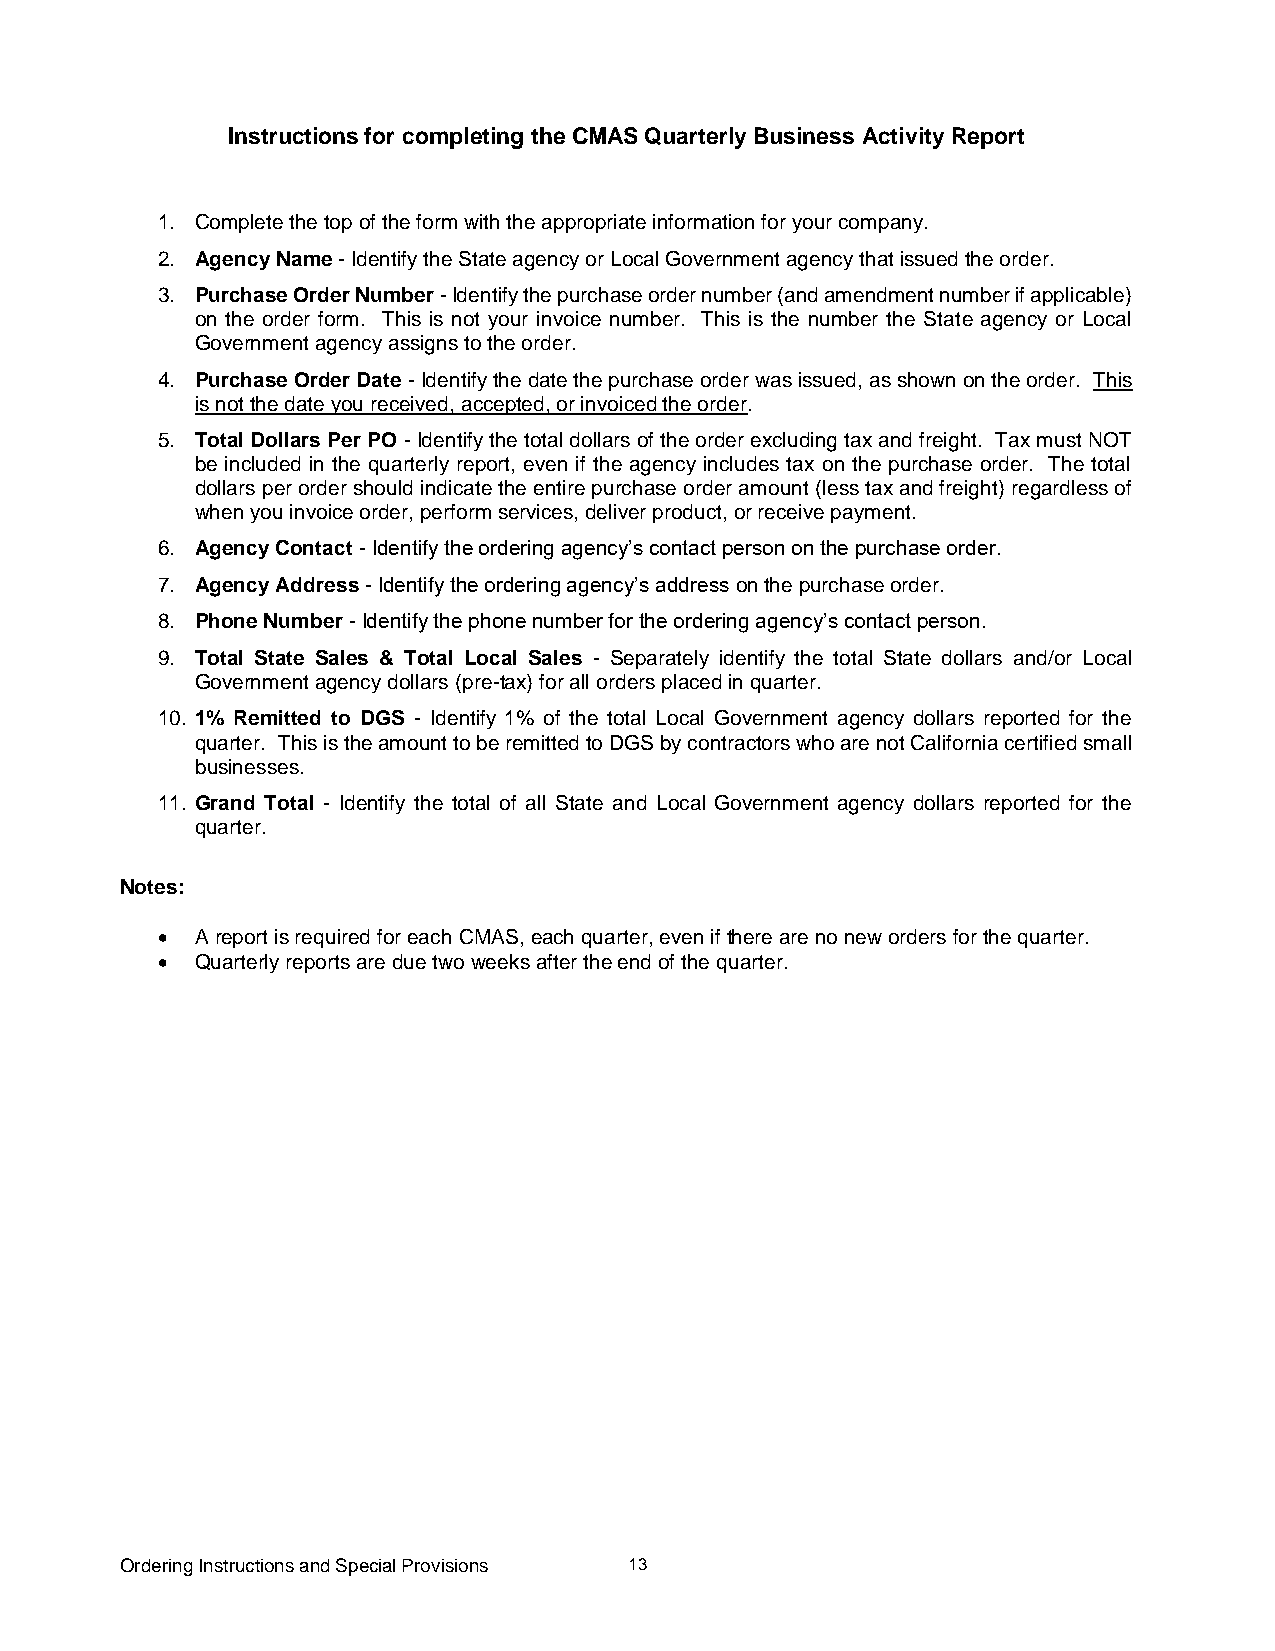
Instructions for completing the CMAS Quarterly Business Activity Report
 1. Complete the top of the form with the appropriate information for your company.
 2. Agency Name - Identify the State agency or Local Government agency that issued the order.
 3. Purchase Order Number - Identify the purchase order number (and amendment number if applicable)
 on the order form. This is not your invoice number. This is the number the State agency or Local
 Government agency assigns to the order.
 4. Purchase Order Date - Identify the date the purchase order was issued, as shown on the order. This
 is not the date you received, accepted, or invoiced the order.
 5. Total Dollars Per PO - Identify the total dollars of the order excluding tax and freight. Tax must NOT
 be included in the quarterly report, even if the agency includes tax on the purchase order. The total
 dollars per order should indicate the entire purchase order amount (less tax and freight) regardless of
 when you invoice order, perform services, deliver product, or receive payment.
 6. Agency Contact - Identify the ordering agency’s contact person on the purchase order.
 7. Agency Address - Identify the ordering agency’s address on the purchase order.
 8. Phone Number - Identify the phone number for the ordering agency’s contact person.
 9. Total State Sales & Total Local Sales - Separately identify the total State dollars and/or Local
 Government agency dollars (pre-tax) for all orders placed in quarter.
 10. 1% Remitted to DGS - Identify 1% of the total Local Government agency dollars reported for the
 quarter. This is the amount to be remitted to DGS by contractors who are not California certified small
 businesses.
 11. Grand Total - Identify the total of all State and Local Government agency dollars reported for the
 quarter.
 Notes:
   A report is required for each CMAS, each quarter, even if there are no new orders for the quarter.
   Quarterly reports are due two weeks after the end of the quarter.
 Ordering Instructions and Special Provisions 13